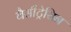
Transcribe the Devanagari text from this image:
बैसीट्रेसिन